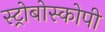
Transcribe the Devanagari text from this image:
स्ट्रोबोस्कोपी